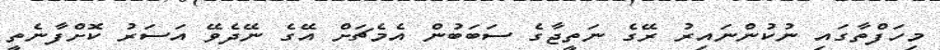
މިހަފްތާގައި ނުކުންނައިރު ރޭގެ ނަތީޖާގެ ސަބަބުން އެމެޗަށް އޭގެ ނޭދެވޭ އަސަރު ކޮށްފާނެތީ